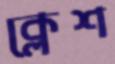
ক্লেশ